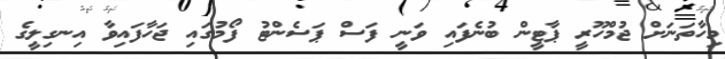
މިހާތަނަށް ޖުމްހޫރީ ޕާޓީން ބުނެފައި ވަނީ ފަސް ޕަސެންޓު ފޯމުގައި ޖަހާފައިވާ އިނގިލީގެ